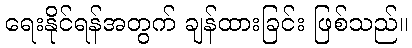
ရေးနိုင်ရန်အတွက် ချန်ထားခြင်း ဖြစ်သည်။